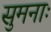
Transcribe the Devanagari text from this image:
सुमनाः